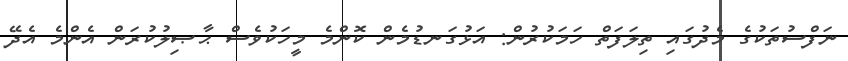
ނަފްސުތަކުގެ މެދުގައި ތިލަފަތް ހަމަކުރުން: އަޅުގަނޑުމެން ކޮންމެ މީހަކުވެސް ޙާޞިލުކުރަން އެންމެ އެދޭ